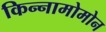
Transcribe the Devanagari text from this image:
किन्नामोमोन